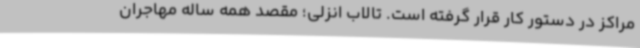
مراکز در دستور کار قرار گرفته است. تالاب انزلی؛ مقصد همه ساله مهاجران